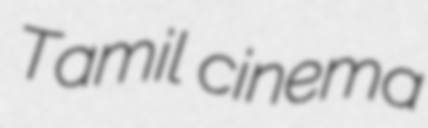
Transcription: Tamil cinema